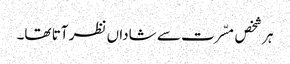
ہر شخص مسّرت سے شاداں نظر آتا تھا۔